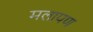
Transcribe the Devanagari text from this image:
मलापण